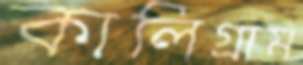
কালিগ্রাম